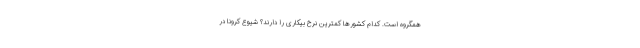
همگروه است. کدام کشورها کمترین نرخ بیکاری را دارند؟ شیوع کرونا در